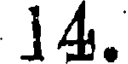
14.